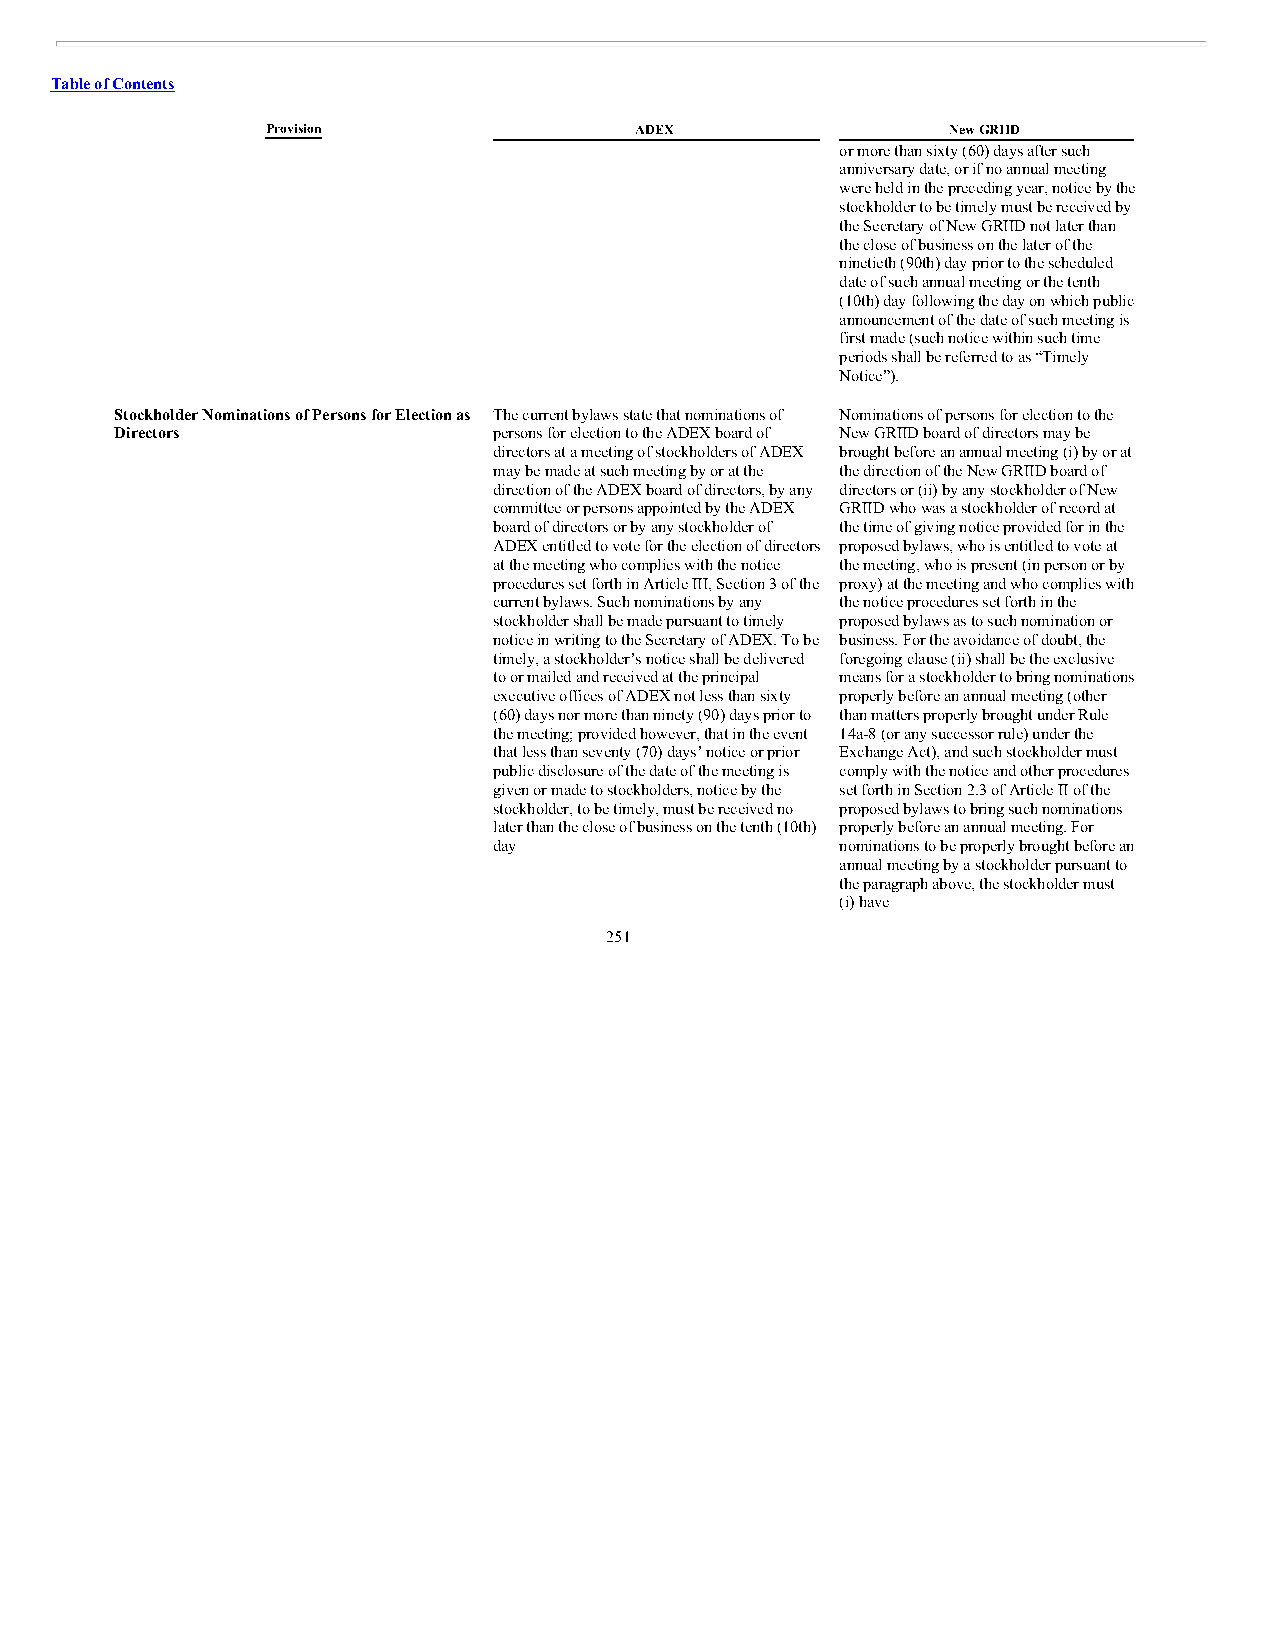
Table of Contents
 Provision               ADEX                 New GRIID
 or more than sixty (60) days after such
 anniversary date, or if no annual meeting
 were held in the preceding year, notice by the
 stockholder to be timely must be received by
 the Secretary of New GRIID not later than
 the close of business on the later of the
 ninetieth (90th) day prior to the scheduled
 date of such annual meeting or the tenth
 (10th) day following the day on which public
 announcement of the date of such meeting is
 first made (such notice within such time
 periods shall be referred to as “Timely
 Notice”).
 Stockholder Nominations of Persons for Election as The current bylaws state that nominations of Nominations of persons for election to the
 Directors                persons for election to the ADEX board of New GRIID board of directors may be
 directors at a meeting of stockholders of ADEX brought before an annual meeting (i) by or at
 may be made at such meeting by or at the the direction of the New GRIID board of
 direction of the ADEX board of directors, by any directors or (ii) by any stockholder of New
 committee or persons appointed by the ADEX GRIID who was a stockholder of record at
 board of directors or by any stockholder of the time of giving notice provided for in the
 ADEX entitled to vote for the election of directors proposed bylaws, who is entitled to vote at
 at the meeting who complies with the notice the meeting, who is present (in person or by
 procedures set forth in Article III, Section 3 of the proxy) at the meeting and who complies with
 current bylaws. Such nominations by any the notice procedures set forth in the
 stockholder shall be made pursuant to timely proposed bylaws as to such nomination or
 notice in writing to the Secretary of ADEX. To be business. For the avoidance of doubt, the
 timely, a stockholder’s notice shall be delivered foregoing clause (ii) shall be the exclusive
 to or mailed and received at the principal means for a stockholder to bring nominations
 executive offices of ADEX not less than sixty properly before an annual meeting (other
 (60) days nor more than ninety (90) days prior to than matters properly brought under Rule
 the meeting; provided however, that in the event 14a-8 (or any successor rule) under the
 that less than seventy (70) days’ notice or prior Exchange Act), and such stockholder must
 public disclosure of the date of the meeting is comply with the notice and other procedures
 given or made to stockholders, notice by the set forth in Section 2.3 of Article II of the
 stockholder, to be timely, must be received no proposed bylaws to bring such nominations
 later than the close of business on the tenth (10th) properly before an annual meeting. For
 day                    nominations to be properly brought before an
 annual meeting by a stockholder pursuant to
 the paragraph above, the stockholder must
 (i) have
 251